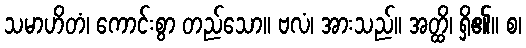
သမာဟိတံ၊ ကောင်းစွာ တည်သော။ ဗလံ၊ အားသည်။ အတ္ထိ၊ ရှိ၏။ စ၊